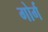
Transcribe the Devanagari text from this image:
गोर्ग